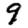
Digit: 9